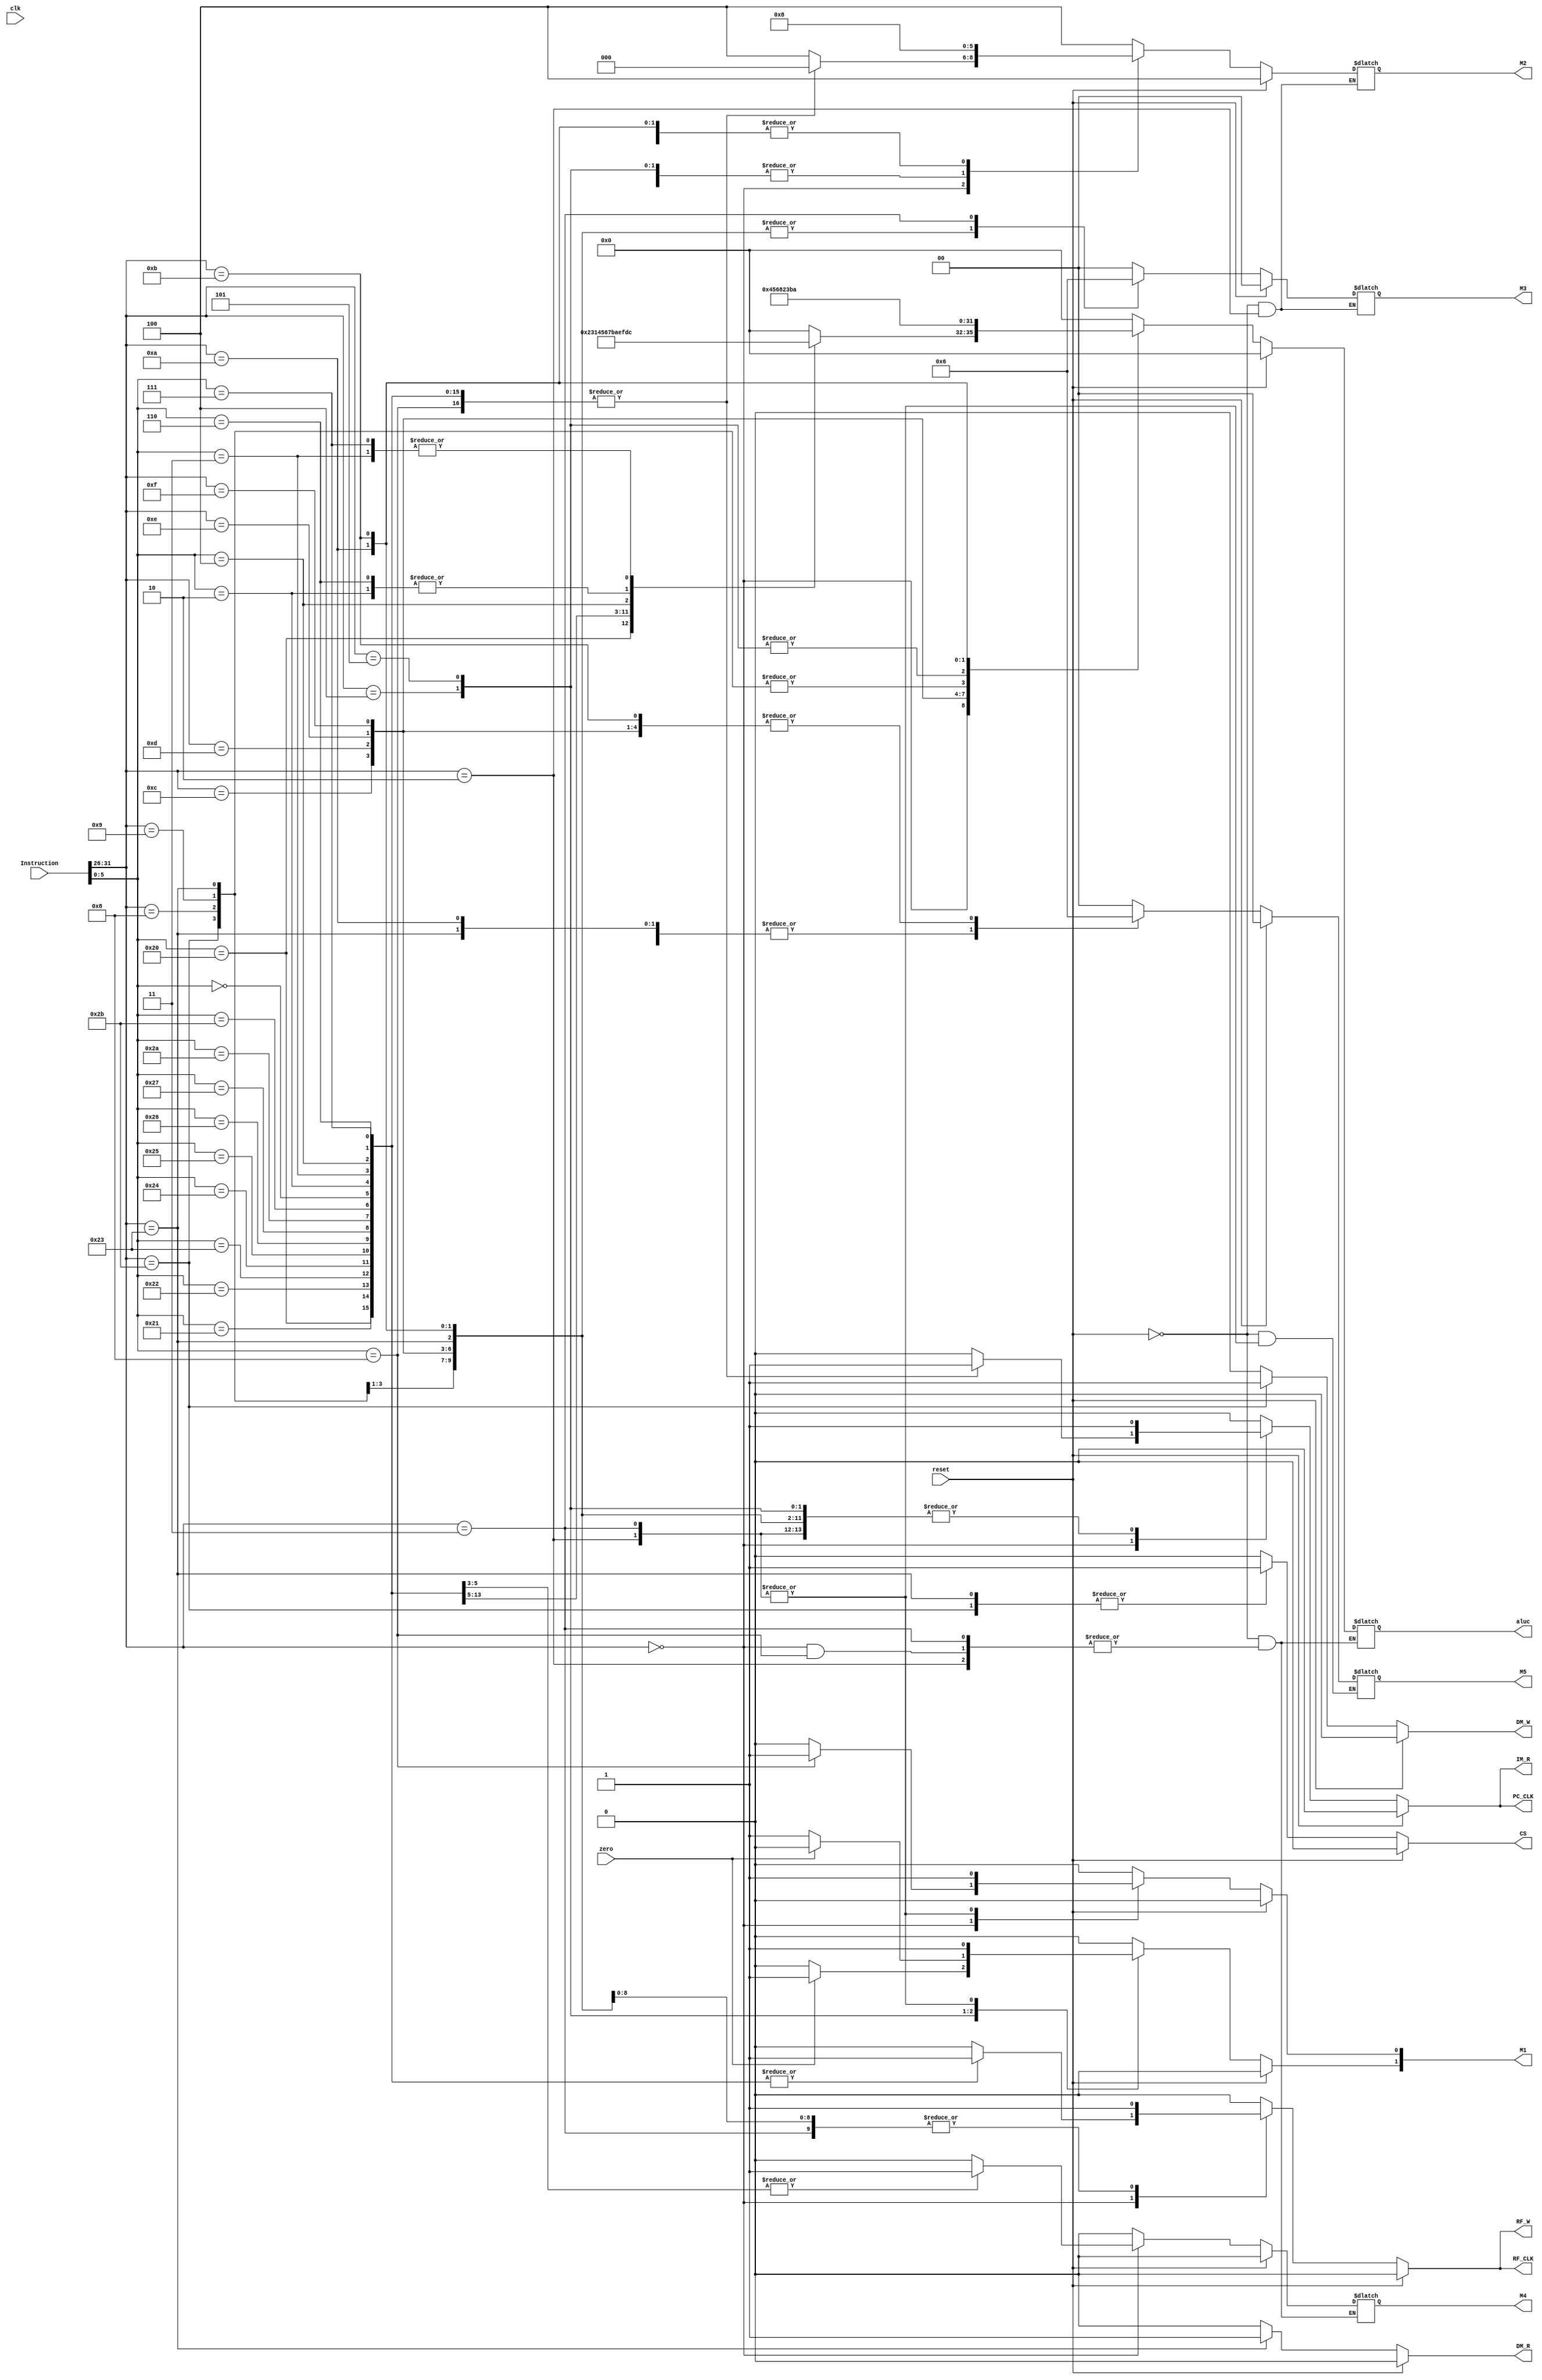
`timescale 1ns / 1ps
//////////////////////////////////////////////////////////////////////////////////
// Company: 
// Engineer: 
// 
// Design Name: 
// Module Name: selector41
// Project Name: 
// Target Devices: 
// Tool Versions: 
// Description: 
// 
// Dependencies: 
// 
// Revision:
// Revision 0.01 - File Created
// Additional Comments:
// 
//////////////////////////////////////////////////////////////////////////////////
`define ADD_flag  31'b1000_0000_0000_0000_0000_0000_0000_000
`define ADDU_flag 31'b0100_0000_0000_0000_0000_0000_0000_000
`define SUB_flag  31'b0010_0000_0000_0000_0000_0000_0000_000
`define SUBU_flag 31'b0001_0000_0000_0000_0000_0000_0000_000
`define AND_flag  31'b0000_1000_0000_0000_0000_0000_0000_000
`define OR_flag   31'b0000_0100_0000_0000_0000_0000_0000_000
`define XOR_flag  31'b0000_0010_0000_0000_0000_0000_0000_000
`define NOR_flag  31'b0000_0001_0000_0000_0000_0000_0000_000
`define SLT_flag  31'b0000_0000_1000_0000_0000_0000_0000_000
`define SLTU_flag 31'b0000_0000_0100_0000_0000_0000_0000_000
`define SLL_flag  31'b0000_0000_0010_0000_0000_0000_0000_000
`define SRL_flag  31'b0000_0000_0001_0000_0000_0000_0000_000
`define SRA_flag  31'b0000_0000_0000_1000_0000_0000_0000_000
`define SLLV_flag 31'b0000_0000_0000_0100_0000_0000_0000_000
`define SRLV_flag 31'b0000_0000_0000_0010_0000_0000_0000_000
`define SRAV_flag 31'b0000_0000_0000_0001_0000_0000_0000_000
`define JR_flag   31'b0000_0000_0000_0000_1000_0000_0000_000
`define ADDI_flag 31'b0000_0000_0000_0000_0100_0000_0000_000
`define ADDIU_flag 31'b0000_0000_0000_0000_0010_0000_0000_000
`define ANDI_flag 31'b0000_0000_0000_0000_0001_0000_0000_000
`define ORI_flag  31'b0000_0000_0000_0000_0000_1000_0000_000
`define XORI_flag 31'b0000_0000_0000_0000_0000_0100_0000_000
`define LUI_flag  31'b0000_0000_0000_0000_0000_0010_0000_000
`define LW_flag   31'b0000_0000_0000_0000_0000_0001_0000_000
`define SW_flag   31'b0000_0000_0000_0000_0000_0000_1000_000
`define BEQ_flag  31'b0000_0000_0000_0000_0000_0000_0100_000
`define BNE_flag  31'b0000_0000_0000_0000_0000_0000_0010_000
`define SLTI_flag 31'b0000_0000_0000_0000_0000_0000_0001_000
`define SLTIU_flag 31'b0000_0000_0000_0000_0000_0000_0000_100
`define J_flag    31'b0000_0000_0000_0000_0000_0000_0000_010
`define JAL_flag  31'b0000_0000_0000_0000_0000_0000_0000_001


module InstructionDecoder(
	input clk,
	input [31:0] Instruction,
	input reset,
	input zero,
	output reg PC_CLK,
    output reg IM_R,
	output reg [1:0]M1,
    output reg [3:0]aluc,
    output reg [2:0]M2,
    output reg RF_W,
    output reg RF_CLK,
    output reg [1:0]M3,
    output reg CS,
    output reg DM_R,
    output reg DM_W,
    output reg M4,
    output reg [1:0]M5
);
reg [30:0] control;
wire [5:0] op;
wire [5:0] func;
assign op=Instruction[31:26];
assign func=Instruction[5:0];

always@(*)
begin
    if(reset)
        begin
            PC_CLK<=0;
            IM_R<=0;
            M1<=2'b00;
            aluc<=4'b0000;
            M2<=3'b100;
            RF_W<=0;
            RF_CLK<=0;
            M3<=2'b00;
            CS<=0;
            DM_R<=0;
            DM_W<=0;
            M4<=0;
            M5<=2'b0;
        end
    else
    begin
	case(op)
	6'b000000:
		begin
			PC_CLK<=1;
			IM_R<=1;
			M1<=2'b00;
			M2<=3'b000;
			RF_W<=1;
			RF_CLK<=1;
			M3<=2'b00;
			CS<=0;
			DM_R<=0;
			DM_W<=0;
			M5<=2'b00;
			case(func)
			6'b100000:
				begin
					control<=`ADD_flag;
					aluc<=4'b0010;
					M4<=0;
				end
			6'b100001:
				begin
					control<=`ADDU_flag;
					aluc<=4'b0000;
					M4<=0;
				end
			6'b100010:
				begin
					control<=`SUB_flag;
					aluc<=4'b0011;
					M4<=0;
				end
			6'b100011:
				begin
					control<=`SUBU_flag;
					aluc<=4'b0001;
					M4<=0;
				end
			6'b100100:
				begin
					control<=`AND_flag;
					aluc<=4'b0100;
					M4<=0;
				end
			6'b100101:
				begin
					control<=`OR_flag;
					aluc<=4'b0101;
					M4<=0;
				end
			6'b100110:
				begin
					control<=`XOR_flag;
					aluc<=4'b0110;
					M4<=0;
				end
			6'b100111:
				begin
					control<=`NOR_flag;
					aluc<=4'b0111;
					M4<=0;
				end

			6'b101010:
				begin
					control<=`SLT_flag;
					aluc<=4'b1011;
					M4<=0;
				end
			6'b101011:
				begin
					control<=`SLTU_flag;
					aluc<=4'b1010;
					M4<=0;
				end
			6'b000000:
				begin
					control<=`SLL_flag;
					aluc<=4'b1110;//111x
					M4<=1;
				end
			6'b000010:
				begin
					control<=`SRL_flag;
					aluc<=4'b1101;
					M4<=1;
				end
			6'b000011:
				begin
					control<=`SRA_flag;
					aluc<=4'b1100;
					M4<=1;
				end
			6'b000100:
				begin
					control<=`SLLV_flag;
					aluc<=4'b1111;//111x
					M4<=0;
				end
			6'b000110:
				begin
					control<=`SRLV_flag;
					aluc<=4'b1101;
					M4<=0;
				end
			6'b000111:
				begin
					control<=`SRAV_flag;
					aluc<=4'b1100;
					M4<=0;
				end
			6'b001000:
				begin
					control<=`JR_flag;
					M1[0]<=1;
					RF_W<=0;
					RF_CLK<=0;
				end
			default:
                       begin
                               PC_CLK<=0;
                               IM_R<=0;
                               M1<=2'b00;
                               aluc<=4'b0000;
                               M2<=3'b100;
                               RF_W<=0;
                               RF_CLK<=0;
                               M3<=2'b00;
                               CS<=0;
                               DM_R<=0;
                               DM_W<=0;
                               M4<=0;
                               M5<=2'b0;
                       end
			endcase
		end
	6'b001000:
			begin
				control<=`ADDI_flag;
				PC_CLK<=1;
				IM_R<=1;
				M1<=2'b00;
				aluc<=4'b0010;
				M2<=3'b000;
				RF_W<=1;
				RF_CLK<=1;
				M3<=2'b01;
				CS<=0;
				DM_R<=0;
				DM_W<=0;
				M4<=0;
				M5<=2'b01;
			end
	6'b001001:
			begin
				control<=`ADDIU_flag;
				PC_CLK<=1;
				IM_R<=1;
				M1<=2'b00;
				aluc<=4'b0010;
				M2<=3'b000;
				RF_W<=1;
				RF_CLK<=1;
				M3<=2'b01;
				CS<=0;
				DM_R<=0;
				DM_W<=0;
				M4<=0;
				M5<=2'b01;
			end
	6'b001100:
			begin
				control<=`ANDI_flag;
				PC_CLK<=1;
				IM_R<=1;
				M1<=2'b00;
				aluc<=4'b0100;
				M2<=3'b000;
				RF_W<=1;
				RF_CLK<=1;
				M3<=2'b01;
				CS<=0;
				DM_R<=0;
				DM_W<=0;
				M4<=0;
				M5<=2'b10;
			end
	6'b001101:
			begin
				control<=`ORI_flag;
				PC_CLK<=1;
				IM_R<=1;
				M1<=2'b00;
				aluc<=4'b0101;
				M2<=3'b000;
				RF_W<=1;
				RF_CLK<=1;
				M3<=2'b01;
				CS<=0;
				DM_R<=0;
				DM_W<=0;
				M4<=0;
				M5<=2'b10;
			end
	6'b001110:
			begin
				control<=`XORI_flag;
				PC_CLK<=1;
				IM_R<=1;
				M1<=2'b00;
				aluc<=4'b0110;
				M2<=3'b000;
				RF_W<=1;
				RF_CLK<=1;
				M3<=2'b01;
				CS<=0;
				DM_R<=0;
				DM_W<=0;
				M4<=0;
				M5<=2'b10;
			end
	6'b001111:
			begin
				control<=`LUI_flag;
				PC_CLK<=1;
				IM_R<=1;
				M1<=2'b00;
				aluc<=4'b1000;//100x
				M2<=3'b000;
				RF_W<=1;
				RF_CLK<=1;
				M3<=2'b01;
				CS<=0;
				DM_R<=0;
				DM_W<=0;
				M4<=0;
				M5<=2'b10;
			end
	6'b100011:
			begin
				control<=`LW_flag;
				PC_CLK<=1;
				IM_R<=1;
				M1<=2'b00;
				aluc<=4'b0010;
				M2<=3'b001;
				RF_W<=1;
				RF_CLK<=1;
				M3<=2'b01;
				CS<=1;
				DM_R<=1;
				DM_W<=0;
				M4<=0;
				M5<=2'b01;
			end
	6'b101011:
			begin
				control<=`SW_flag;
				PC_CLK<=1;
				IM_R<=1;
				M1<=2'b00;
				aluc<=4'b0010;
				M2<=3'b001;
				RF_W<=0;
				RF_CLK<=0;
				M3<=2'b01;
				CS<=1;
				DM_R<=0;
				DM_W<=1;
				M4<=0;
				M5<=2'b01;
			end
	6'b000100:
			begin
				control<=`BEQ_flag;
				PC_CLK<=1;
				IM_R<=1;
				if(zero==1)M1<=2'b10;
				else M1<=2'b00;
				aluc<=4'b0011;
				M2<=3'b001;
				RF_W<=0;
				RF_CLK<=0;
				M3<=2'b00;
				CS<=0;
				DM_R<=0;
				DM_W<=0;
				M4<=0;
				M5<=2'b00;
			end
	6'b000101:
			begin
				control<=`BNE_flag;
				PC_CLK<=1;
				IM_R<=1;
				if(zero!=1)M1<=2'b10;
				else M1<=2'b00;
				aluc<=4'b0011;
				M2<=3'b001;
				RF_W<=0;
				RF_CLK<=0;
				M3<=2'b00;
				CS<=0;
				DM_R<=0;
				DM_W<=0;
				M4<=0;
				M5<=2'b00;
			end
	6'b001010:
			begin
				control<=`SLTI_flag;
				PC_CLK<=1;
				IM_R<=1;
				M1<=2'b00;
				aluc<=4'b1011;
				M2<=3'b000;
				RF_W<=1;
				RF_CLK<=1;
				M3<=2'b01;
				CS<=0;
				DM_R<=0;
				DM_W<=0;
				M4<=0;
				M5<=2'b01;
			end
	6'b001011:
			begin
				control<=`SLTIU_flag;
				PC_CLK<=1;
				IM_R<=1;
				M1<=2'b00;
				aluc<=4'b1010;
				M2<=3'b000;
				RF_W<=1;
				RF_CLK<=1;
				M3<=2'b01;
				CS<=0;
				DM_R<=0;
				DM_W<=0;
				M4<=0;
				M5<=2'b10;
			end
	6'b000010:
			begin
				control<=`J_flag;
				PC_CLK<=1;
				IM_R<=1;
				M1<=2'b11;
				//aluc<=4'b1010;
				//M2<=3'b011;
				RF_W<=0;
				RF_CLK<=0;
				//M3<=2'b01;
				CS<=0;
				DM_R<=0;
				DM_W<=0;
				//M4<=2'b00;
				//M5<=2'b10;
			end
	6'b000011:
			begin
				control<=`JAL_flag;
				PC_CLK<=1;
				IM_R<=1;
				M1<=2'b11;
				//aluc<=4'b1010;
				M2<=3'b100;
				RF_W<=1;
				RF_CLK<=1;
				M3<=2'b10;
				CS<=0;
				DM_R<=0;
				DM_W<=0;
				//M4<=2'b00;
				//M5<=2'b10;
			end
	default:
	   begin
	           PC_CLK<=0;
               IM_R<=0;
               M1<=2'b00;
               aluc<=4'b0000;
               M2<=3'b100;
               RF_W<=0;
               RF_CLK<=0;
               M3<=2'b00;
               CS<=0;
               DM_R<=0;
               DM_W<=0;
               M4<=0;
               M5<=2'b0;
	   end
	endcase
	end
end
endmodule